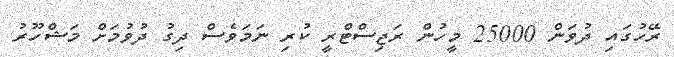
ރޭހުގައި ދުވަން 25000 މީހުން ރަޖިސްޓްރީ ކުރި ނަމަވެސް ދިގު ދުވުމަށް މަޝްހޫރު